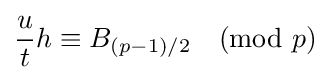
{u \over t}h\equiv B_{(p-1)/2}{\pmod {p}}